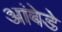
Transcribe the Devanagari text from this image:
आंबेडे